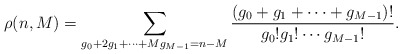
\begin{align*}\rho (n,M)=\sum_{g_{0}+2g_{1}+\cdots +Mg_{M-1}=n-M}\frac{(g_{0}+g_{1}+\cdots+g_{M-1})!}{g_{0}!g_{1}!\cdots g_{M-1}!}.\end{align*}